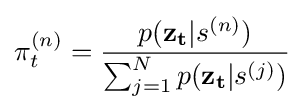
\pi _{t}^{(n)}={\frac {p(\mathbf {z_{t}} |s^{(n)})}{\sum _{j=1}^{N}p(\mathbf {z_{t}} |s^{(j)})}}